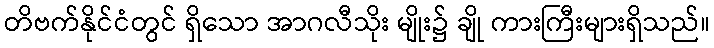
တိဗက်နိုင်ငံတွင် ရှိသော အာဂလီသိုး မျိုး၌ ချို ကားကြီးများရှိသည်။